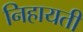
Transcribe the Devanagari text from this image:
निहायती